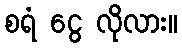
စရံ ငွေ လိုလား။